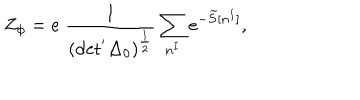
Z _ { \phi } = e \; \frac { 1 } { ( \mathrm { d e t ^ { ' } \Delta _ { 0 } ) ^ { \frac { 1 } { 2 } } } } \sum _ { n ^ { I } } e ^ { - \widetilde { S } [ n ^ { I } ] } ,